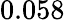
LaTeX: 0.058